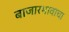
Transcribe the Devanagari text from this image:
बाजारभावाचा